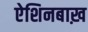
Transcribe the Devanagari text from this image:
ऐशिनबाख़